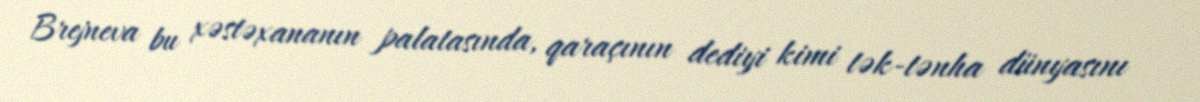
Brejneva bu xəstəxananın palatasında, qaraçının dediyi kimi tək-tənha dünyasını